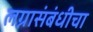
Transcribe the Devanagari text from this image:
लग्नासंबंधीचा